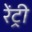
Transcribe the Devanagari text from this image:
रेंट्री